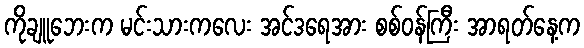
ကိုချူဘေးက မင်းသားကလေး အင်ဒရေအား စစ်ဝန်ကြီး အာရတ်နေ့က